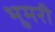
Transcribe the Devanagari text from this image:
भुमरी